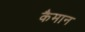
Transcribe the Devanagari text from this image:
कैमान